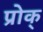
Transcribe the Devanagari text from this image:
प्रोक्